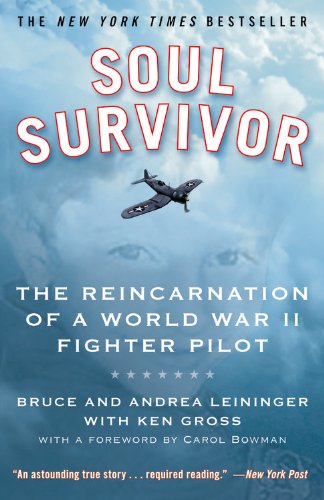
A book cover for Soul Survivor: The Reincarnation of a World War II Fighter Pilot; Bruce Leininger; Religion & Spirituality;